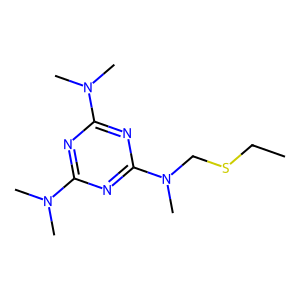
SMILES: CCSCN(C)c1nc(N(C)C)nc(N(C)C)n1
Inhibits HIV replication: No